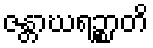
ဇန္တာဃရဉ္စာတိ